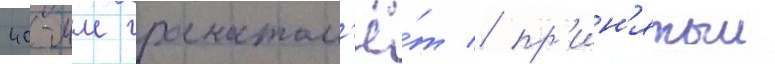
40-мм гранатом'ё́т / пр'ин'ятыи